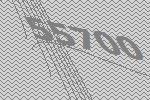
55700